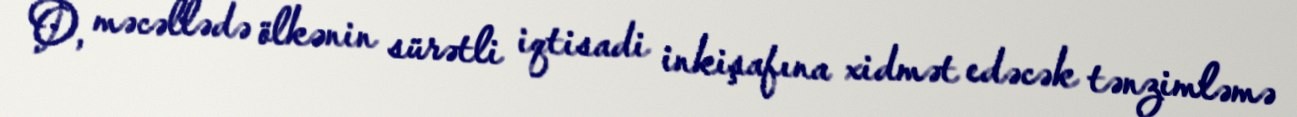
O, məcəllədə ölkənin sürətli iqtisadi inkişafına xidmət edəcək tənzimləmə